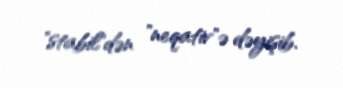
"stabil"dən "neqativ"ə dəyişib.